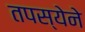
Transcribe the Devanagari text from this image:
तपस्येने